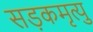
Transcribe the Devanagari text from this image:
सड़कमृत्यु